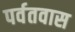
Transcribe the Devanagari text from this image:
पर्वतवास